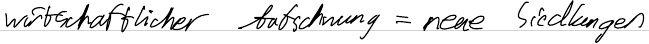
wirtschaftlicher Aufschwung = neue Siedlungen